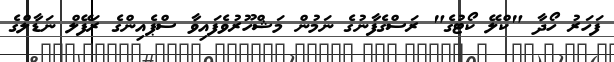
ފަހަރު ހޯދާ "ކްލޭ ކޯޓުގެ" ރަސްގެފާނުގެ ނަމުން މަޝްހޫރުވެފައިވާ ސްޕެއިންގެ ރަފޭލް ނަޑާލްގެ